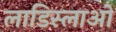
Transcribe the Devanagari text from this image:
लाडिस्लाओ